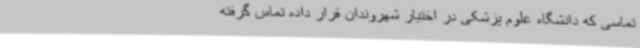
تماسی که دانشگاه علوم پزشکی در اختیار شهروندان قرار داده تماس گرفته